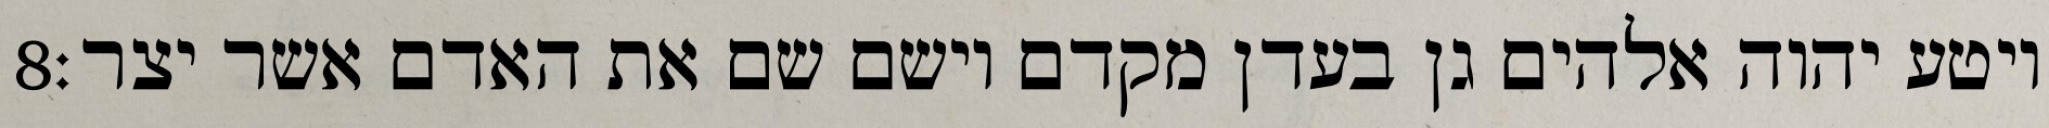
‎8‏ ויטע יהוה אלהים גן בעדן מקדם וישם שם את האדם אשר יצר׃